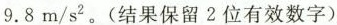
9.8m/s^{2}。（结果保留2位有效数字）